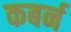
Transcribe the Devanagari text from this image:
कबर्न